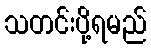
သတင်းပို့ရမည်